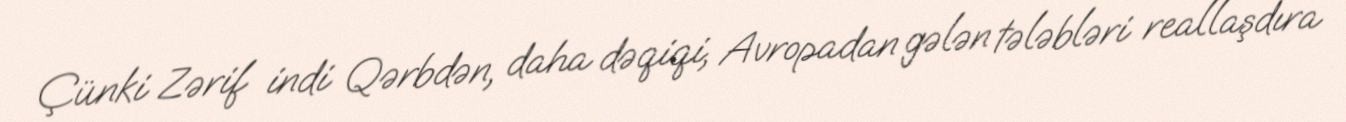
Çünki Zərif indi Qərbdən, daha dəqiqi, Avropadan gələn tələbləri reallaşdıra